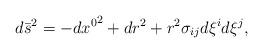
LaTeX: \begin{align*}d \bar{s}^2 = - {dx^0}^2 + dr^2 + r^2 \sigma_{ij} d \xi^i d \xi^j,\end{align*}